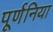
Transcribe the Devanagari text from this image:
पूर्णनिया